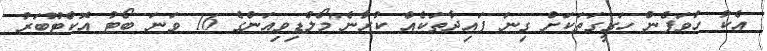
އެކު ހުވަފެން ހަގީގަތަކަށް ގިނަ ފައިދާތަކެއް ކުރާނެ"މޯލްޑިވިއަންގެ 16 ވަނަ ބޯޓު އޮކްޓޫބަރު